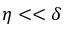
\eta < < \delta